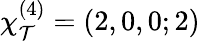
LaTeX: \chi_{\mathcal{T}}^{(4)}=(2,0,0;2)